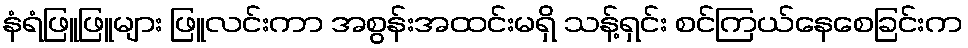
နံရံဖြူဖြူများ ဖြူလင်းကာ အစွန်းအထင်းမရှိ သန့်ရှင်း စင်ကြယ်နေစေခြင်းက